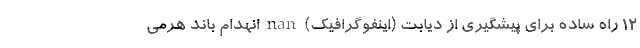
۱۲ راه‌ ساده برای پیشگیری از دیابت (اینفوگرافیک) nan انهدام باند هرمی